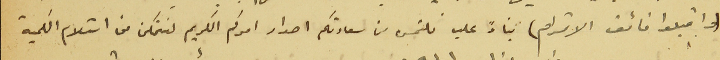
(واقبلوا فائق الاحترام) بناءً عليه نلتمس من سعادتكم اصدار امركم الكريم لنتمكن من استلام الكمية